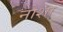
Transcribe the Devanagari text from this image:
नोशा